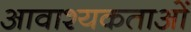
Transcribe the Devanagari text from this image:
आवाश्‍यकताओं